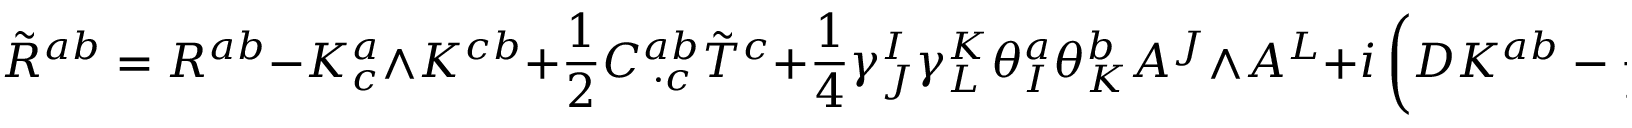
\tilde { R } ^ { a b } = R ^ { a b } - K _ { c } ^ { a } \wedge K ^ { c b } + \frac { 1 } { 2 } C _ { \; \cdot c } ^ { a b } \tilde { T } ^ { c } + \frac { 1 } { 4 } \gamma _ { J } ^ { I } \gamma _ { L } ^ { K } \theta _ { I } ^ { a } \theta _ { K } ^ { b } A ^ { J } \wedge A ^ { L } + i \left( D K ^ { a b } - \frac { 1 } { 4 } \gamma _ { J } ^ { I } ( \theta _ { I } ^ { a } e ^ { b } + \theta _ { I } ^ { b } e ^ { a } ) \wedge A ^ { J } \right) .